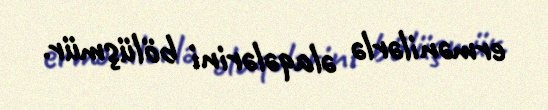
ermənilərlə əlaqələrini bölüşmür.